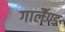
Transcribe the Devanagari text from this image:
गार्लैण्ड